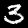
Digit: 3